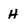
Character: H